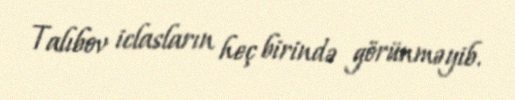
Talıbov iclasların heç birində görünməyib.